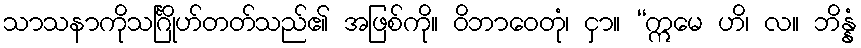
သာသနာကိုသင်္ဂြိုဟ်တတ်သည်၏ အဖြစ်ကို။ ဝိဘာဝေတုံ၊ ငှာ။ “ဣမေ ဟိ၊ လ။ ဘိန္နံ